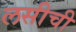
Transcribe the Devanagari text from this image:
लसीची